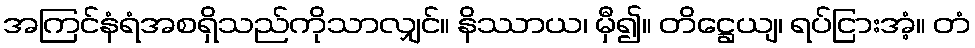
အကြင်နံရံအစရှိသည်ကိုသာလျှင်။ နိဿာယ၊ မှီ၍။ တိဋ္ဌေယျ၊ ရပ်ငြားအံ့။ တံ